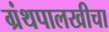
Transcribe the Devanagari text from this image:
ग्रंथपालखीचा